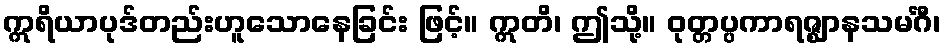
ဣရိယာပုဒ်တည်းဟူသောနေခြင်း ဖြင့်။ ဣတိ၊ ဤသို့။ ဝုတ္တပ္ပကာရဇ္ဈာနသမင်္ဂီ၊